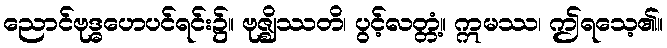
ညောင်ဗုဒ္ဓဟေပင်ရင်း၌။ ဗုဇ္ဈိဿတိ၊ ပွင့်လတ္တံ့။ ဣမဿ၊ ဤရသေ့၏။